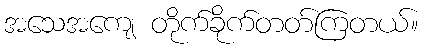
အသေအကျေ တိုက်ခိုက်တတ်ကြတယ်။